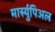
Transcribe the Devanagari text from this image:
मार्स्युपिअल